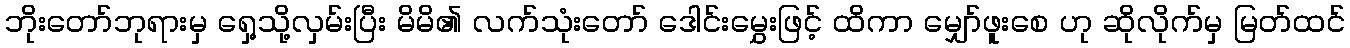
ဘိုးတော်ဘုရားမှ ရှေ့သို့လှမ်းပြီး မိမိ၏ လက်သုံးတော် ဒေါင်းမွှေးဖြင့် ထိကာ မျှော်ဖူးစေ ဟု ဆိုလိုက်မှ မြတ်ထင်